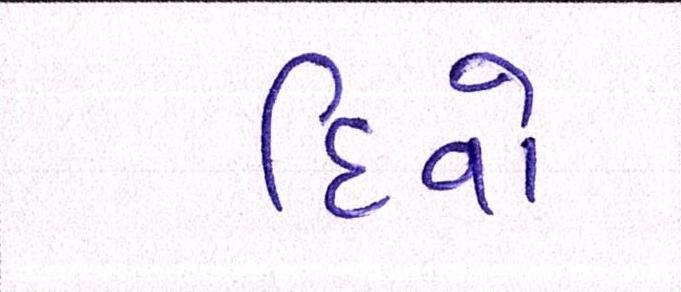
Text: દિવો